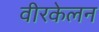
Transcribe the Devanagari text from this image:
वीरकेलन